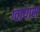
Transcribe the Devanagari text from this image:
ग्वायास